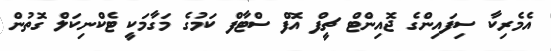
އެމެރިކާ ސިފައިންގެ ޖޮއިންޓް ޗީފް އޮފް ސްޓާފް ކަމުގެ މަގާމަކީ ޓެކްނިކަލް ގޮތުން